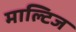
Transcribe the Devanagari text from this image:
माल्टिज